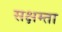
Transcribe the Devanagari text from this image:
सक्षम्ता